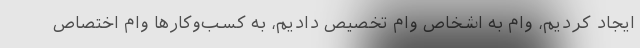
ایجاد کردیم، وام به اشخاص وام تخصیص دادیم، به کسب‌و‌کارها وام اختصاص